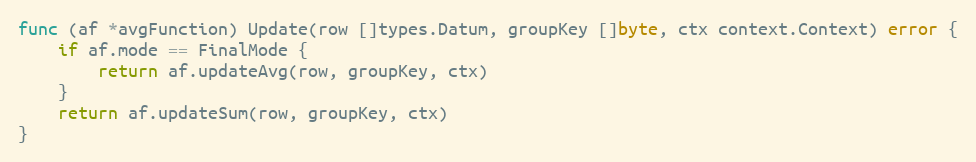
Language: Go
func (af *avgFunction) Update(row []types.Datum, groupKey []byte, ctx context.Context) error {
	if af.mode == FinalMode {
		return af.updateAvg(row, groupKey, ctx)
	}
	return af.updateSum(row, groupKey, ctx)
}